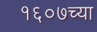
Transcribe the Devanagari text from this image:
१६०७च्या